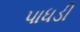
પાધડી